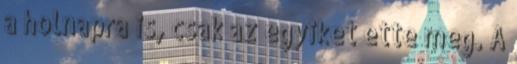
a holnapra is, csak az egyiket ette meg. A